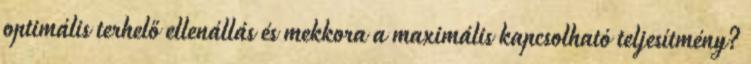
optimális terhelő ellenállás és mekkora a maximális kapcsolható teljesítmény?